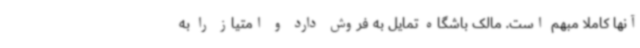
آنها کاملا مبهم است. مالک باشگاه تمایل به فروش دارد و امتیاز را به